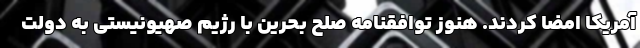
آمریکا امضا کردند. هنوز توافقنامه صلح بحرین با رژیم صهیونیستی به دولت